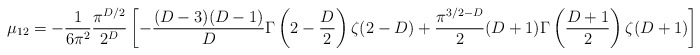
\begin{align*}\mu_{12}=-{1\over 6 \pi^2}{\pi^{D/2}\over 2^{D}}\left[- {(D-3)(D-1)\over D}\Gamma\left(2-{D\over 2}\right)\zeta(2-D) + {\pi^{3/2-D}\over 2} (D+1)\Gamma\left({D+1\over 2}\right)\zeta(D+1)\right] \, {\hbar L^{D-1}\over a^D}.\end{align*}